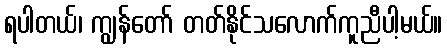
ရပါတယ်၊ ကျွန်တော် တတ်နိုင်သလောက်ကူညီပါ့မယ်။